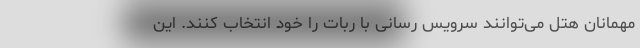
مهمانان هتل می‌توانند سرویس رسانی با ربات را خود انتخاب کنند. این